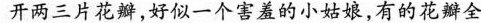
开两三片花瓣，好似一个害羞的小姑娘，有的花瓣全